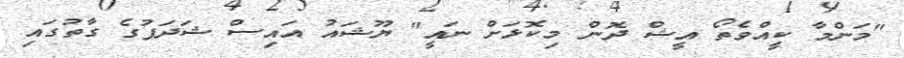
"މަންމާ ކީއްވެތޯ އީޝް ދޮން މިކޮޅަށް ނައީ" ޔޫޝައު އައިސް ޝަދަފުގެ ގާތުގައި